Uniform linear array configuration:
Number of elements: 32
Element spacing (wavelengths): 0.5
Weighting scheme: kaiser
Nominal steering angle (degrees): -15
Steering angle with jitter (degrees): -15.693
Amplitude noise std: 0.05
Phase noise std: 0.05

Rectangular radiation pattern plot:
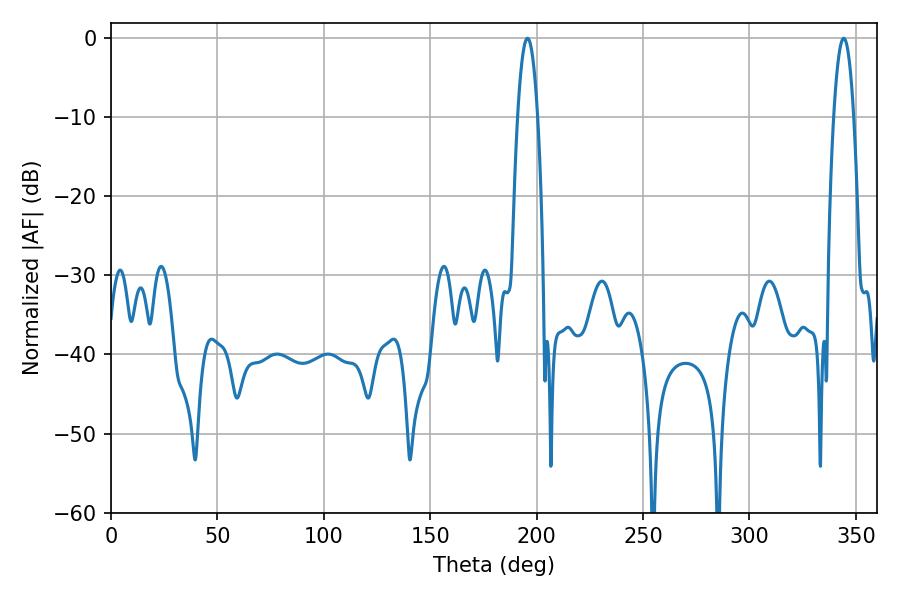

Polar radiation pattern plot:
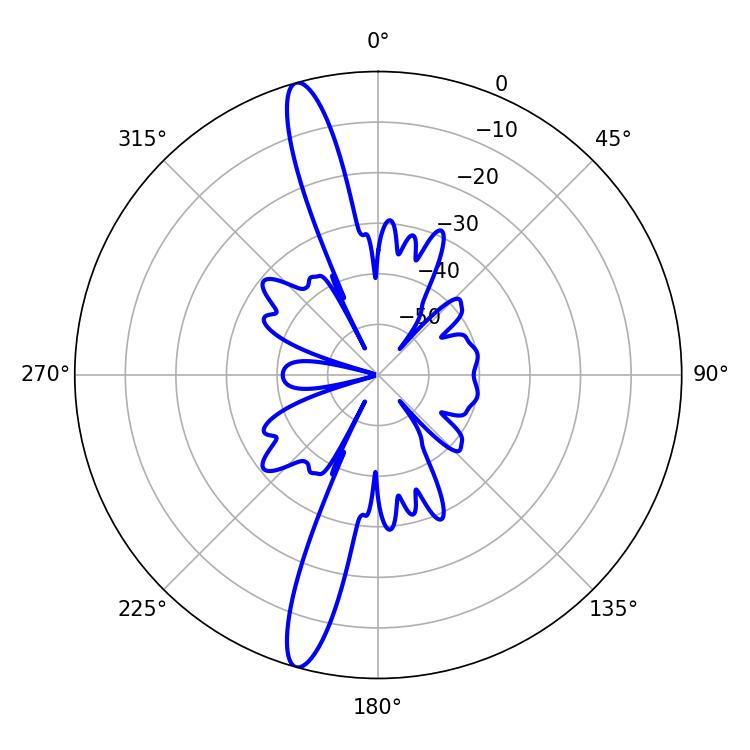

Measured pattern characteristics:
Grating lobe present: FALSE
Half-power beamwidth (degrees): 5.22
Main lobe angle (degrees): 195.66